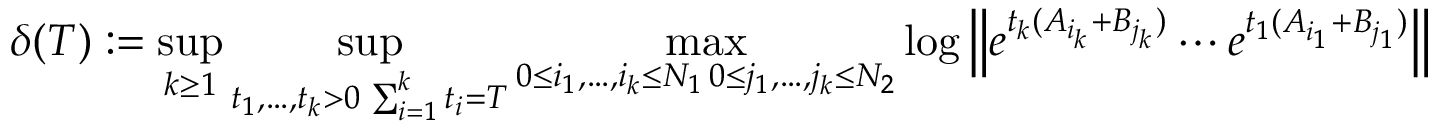
\delta ( T ) : = \operatorname* { s u p } _ { k \geq 1 } \operatorname* { s u p } _ { \substack { t _ { 1 } , \ldots , t _ { k } > 0 \, \sum _ { i = 1 } ^ { k } t _ { i } = T } } \operatorname* { m a x } _ { \substack { 0 \leq i _ { 1 } , \ldots , i _ { k } \leq N _ { 1 } \, 0 \leq j _ { 1 } , \ldots , j _ { k } \leq N _ { 2 } } } \log \left\| e ^ { t _ { k } ( A _ { i _ { k } } + B _ { j _ { k } } ) } \cdots e ^ { t _ { 1 } ( A _ { i _ { 1 } } + B _ { j _ { 1 } } ) } \right\|